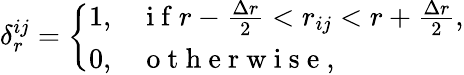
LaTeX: \delta_{r}^{ij}=\left\{ \begin{array}{ll}{1,}&{\mathrm{~i~f~}r-\frac{\Delta r}{2}<r_{ij}<r+\frac{\Delta r}{2},}\\ {0,}&{\mathrm{~o~t~h~e~r~w~i~s~e~},}\end{array}\right.